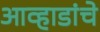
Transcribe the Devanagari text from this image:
आव्हाडांचे